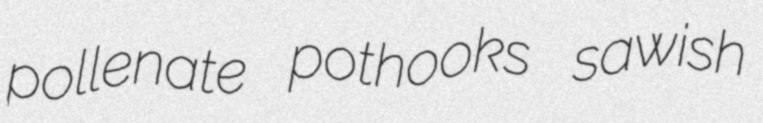
pollenate pothooks sawish